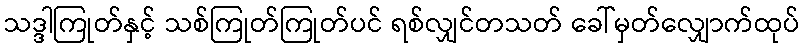
သဒ္ဒါကြုတ်နှင့် သစ်ကြုတ်ကြုတ်ပင် ရစ်လျှင်တသတ် ခေါ်မှတ်လျှောက်ထုပ်